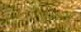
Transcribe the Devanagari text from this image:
युरो३